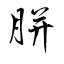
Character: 胼